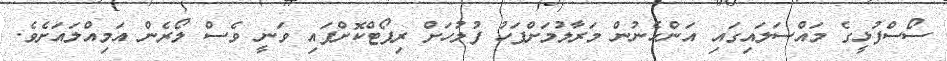
ސޯސްފުޅީގެ މައްސަލައިގައި އަންހެނުން މަރާލުމަށްފަހު ފުލުހަށް ރިޕޯޓްކޮށްފައި ވަނީ ވެސް ލޯރެން އަމިއްލައަށެވެ.